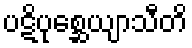
ပဋိပုစ္ဆေယျာသီတိ